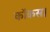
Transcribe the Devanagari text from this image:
कॉकस।